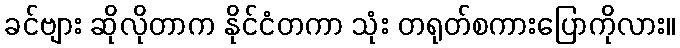
ခင်ဗျား ဆိုလိုတာက နိုင်ငံတကာ သုံး တရုတ်စကားပြောကိုလား။